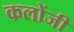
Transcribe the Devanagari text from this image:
कलोंजी